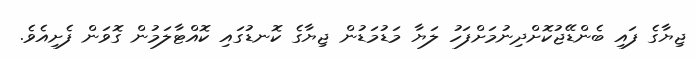
ޖިޔާގެ ފައި ބެންޑޭޖުކޮށްދިނުމަށްފަހު ލަޔާ މަޑުމަޑުން ޖިޔާގެ ކޮނޑުގައި ކޮއްޓާލަމުން ގޮވަން ފެށިއެވެ.